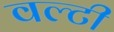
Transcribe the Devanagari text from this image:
वल्टी